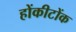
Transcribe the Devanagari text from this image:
होंकीटोंक